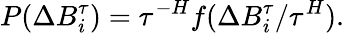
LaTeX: P(\Delta B_{i}^{\tau})=\tau^{-H}f(\Delta B_{i}^{\tau}/\tau^{H}).